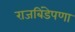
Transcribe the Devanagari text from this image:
राजबिंडेपणा